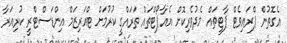
އެގޮތުން ޕްރައިވެޓް ޕާޓީތައް މެދުވެރިކޮށް އެއާޕޯޓްތައް ތަރައްގީ ކުރުމަށް ޓްއަރިޒަމް އިންޑަސްޓްރީ ކުރިއަރާ